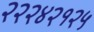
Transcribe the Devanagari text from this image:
२२२४२१२५